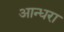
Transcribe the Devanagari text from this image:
आन्धरा